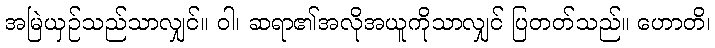
အမြဲယှဉ်သည်သာလျှင်။ ဝါ၊ ဆရာ၏အလိုအယူကိုသာလျှင် ပြတတ်သည်။ ဟောတိ၊